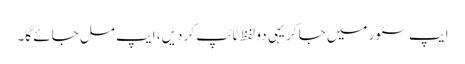
ایپ سٹور میں جا کر یہی دو لفظ ٹائپ کر دیں، ایپ مل جائے گا۔